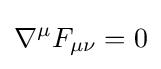
\nabla ^{\mu }F_{\mu \nu }=0